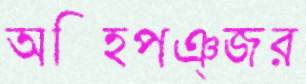
অস্হিপঞ্জর